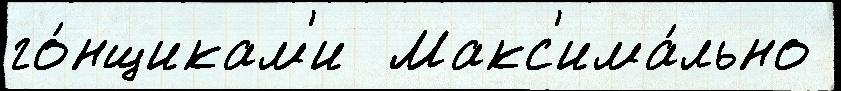
го́нщикам'и  Макс'има́льно